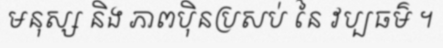
មនុស្ស និង ភាពប៉ិនប្រសប់ នៃ វប្បធម៌ ។